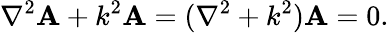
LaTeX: \nabla^{2}\mathbf{A}+k^{2}\mathbf{A}=(\nabla^{2}+k^{2})\mathbf{A}=0.